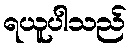
ရယူပါသည်